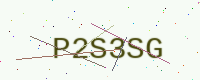
Text: P2S3SG